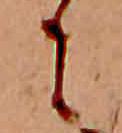
に